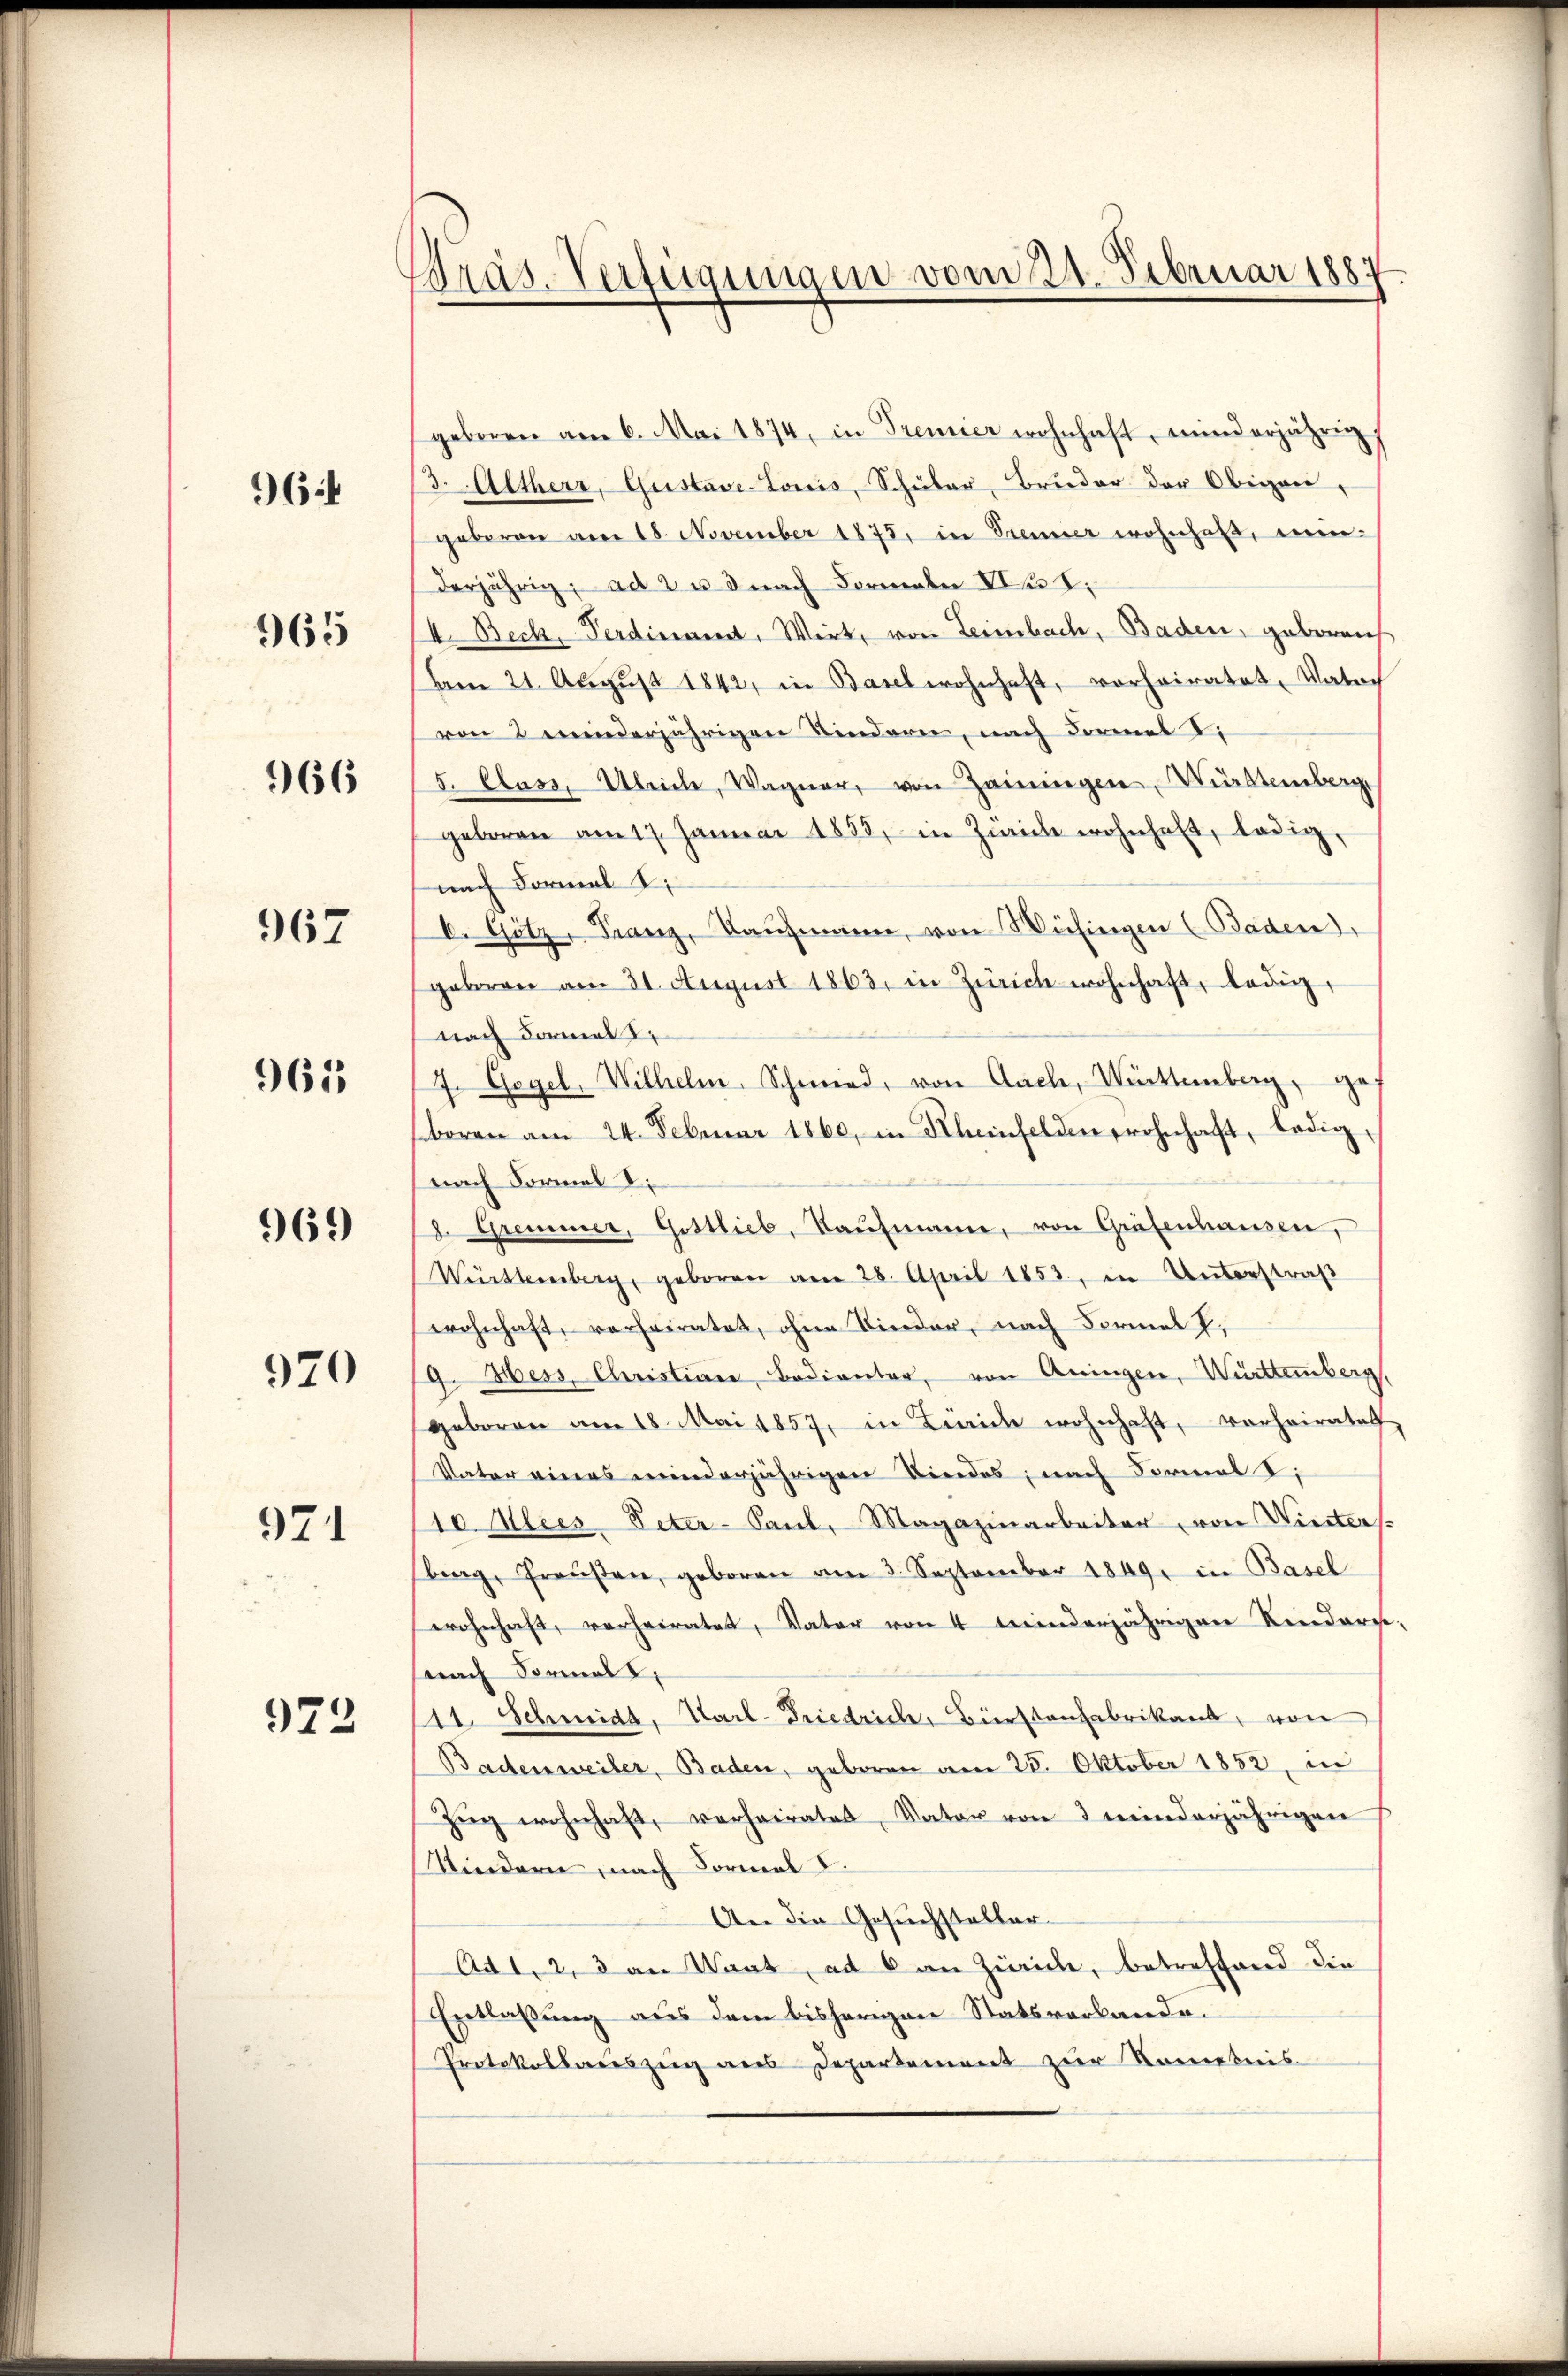
64

965

966

967

965

969

920

971

973

Bräs. Verfügungen vom 21. Februar 1887

geboren am 6. Mai 1874, in Tremier wohnhaft, minderjährig,
3. Altherr, Gustave-Lonis, Schüler, Bruder der Obigen,
geboren am 18. November 1875, in Trenner wohnhaft, wenderjährig; ad 2 u 3 nach Formale Nr. I.
4. Beck, Ferdiesent. Wirt, von Leimbach, Baden, geboren
Am 21. August 1842, in Basel wohnhaft, vorhairatet, Vatoch
von 2 winderjährigen Kindern, nach Formes V
5. Class, Übrile, Wagner, von Hainingen, Württemberg
geboren am 17. Januar 1855, in Zürich wohnhaft, ledig,
nach Formal
C. Götz, Franz, Kaufmann, von Wühingen (Baden,
geboren am 30. August 1863, in Zürich wohnhaft, ledig,
nach Formel
7. Gegel, Wilhelm, Schmied, von Aach, Württemberg, geboren am 24. Februar 1860, in Kleinfelden wohnhaft, ledig¬
(nach Formal
8. Gremier, Gottlieb, Kaŭfmann, von Grafenhausen,
Württemberg, geboren am 28. April 1853, in Unterstraß
wohnhaft, vorheiratet, ohne Kinder, nach Formal V.
9. Hess. Christian Bedienter, von Airingen, Württemberg,
geboren am 18. Mai 1857, in Linie wohnhaft, vorheiratet,
Vater eines minderjährigen Kindes; nach Formal z
10 Mlies-Peter-Paul, Magazinarbeiter von Winters.
bing, Preußen, geboren am 3. September 1849 in Basel
wohnhaft, verheiratet, Vater von 4 Minderjährigen Kindern.
pnach Formal,
111. Schmidt. Karl-Friedrich, Bürstenfabrikant, von
Badenweiler, Baden, geboren am 25. Oktober 1852, in
Zŭg wohnhaft, verheiratet, Vater von 3 minderjährigen
Kindern, nach Formal
An die Gesuchsteller
Ad 1, 2, 3 an Wart, ad 6 an Zürich, betreffend die
Entlaßung aus dem bisherigen Statsverlande.
Protokollauszug aus Departement zur Verebnis